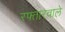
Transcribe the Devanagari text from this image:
रफ्तारवाले